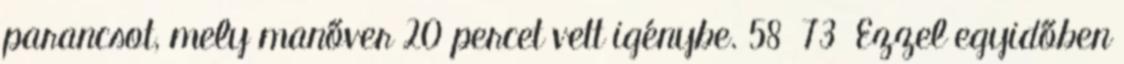
parancsot, mely manőver 20 percet vett igénybe. 58 73 Ezzel egyidőben